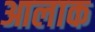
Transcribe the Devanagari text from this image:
आलाक